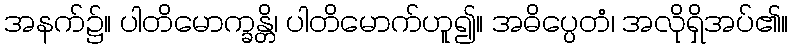
အနက်၌။ ပါတိမောက္ခန္တိ၊ ပါတိမောက်ဟူ၍။ အဓိပ္ပေတံ၊ အလိုရှိအပ်၏။